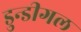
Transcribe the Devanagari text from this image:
डुन्डीगल